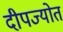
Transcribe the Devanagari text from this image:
दीपज्योत